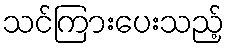
သင်ကြားပေးသည့်